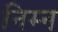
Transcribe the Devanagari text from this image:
निम्‍न